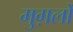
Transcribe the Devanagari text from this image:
मुग़लोँ